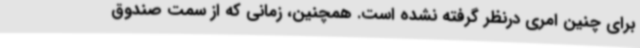
برای چنین امری درنظر گرفته نشده است. همچنین، زمانی که از سمت صندوق